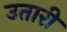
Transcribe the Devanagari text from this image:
उतारीं